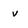
Character: v